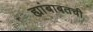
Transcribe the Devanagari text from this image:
ह्यांबाबतची